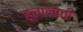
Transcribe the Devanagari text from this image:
हूनानाची